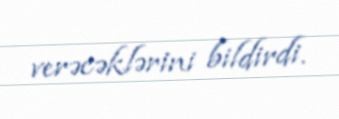
verəcəklərini bildirdi.